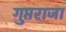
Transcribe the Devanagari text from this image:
गुप्तराजा